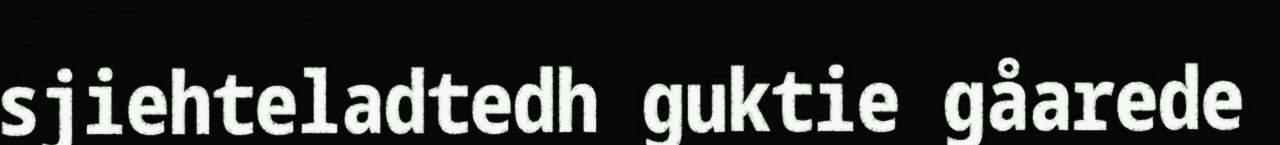
sjiehteladtedh guktie gåarede